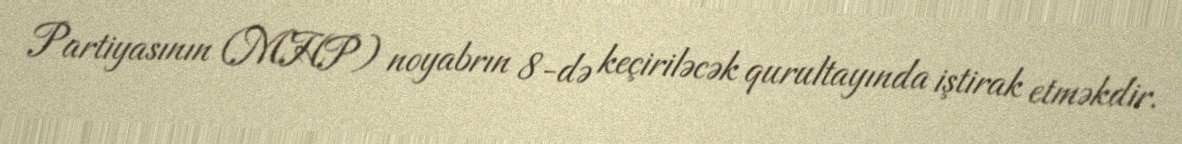
Partiyasının (MHP) noyabrın 8-də keçiriləcək qurultayında iştirak etməkdir.